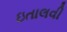
ઇતાલવી